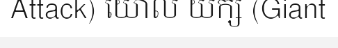
Attack) យោល យក្ស (Giant